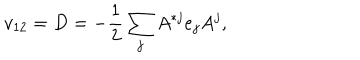
v _ { 1 2 } = D = - { \frac { 1 } { 2 } } \sum _ { j } A ^ { * j } e _ { j } A ^ { j } ,